system: You are a helpful assistant.
user:
Analyze the provided spectrum to determine if it is a **Carbon Star (C-type)**.

- **Key Visual Indicators of Carbon Star:**
    - **(Primary):** Strong molecular absorption from **C₂ (diatomic carbon) "Swan Bands."** This is the **defining feature** of a carbon star.
        - **(Key Bandheads):** Sharp absorption edges are visible at approximately $5635$ Å, $5165$ Å (the strongest band), and $4737$ Å.
        - **(Line Profile):** Creates a distinct **"saw-tooth"** pattern. The key morphology is a sharp, steep bandhead on the **red (long-wavelength) side**, which then gradually tapers off (i.e., flux recovers) towards the **blue (short-wavelength) side**. *(This is the direct opposite of the TiO bands seen in M-type stars)*.

    - **(Secondary):** Intense **CN (cyanogen)** molecular absorption bands.
        - **(Key Bandheads):** Located in the blue and violet regions of the spectrum (e.g., near $4215$ Å and $3883$ Å).
        - **(Morphology):** These bands are extremely broad and act as a "blanket," absorbing the vast majority of blue and violet light. This creates a characteristic **"cliff"** or **"steep drop-off"** in the spectrum's flux at short wavelengths.

    - **(Key Confirmation):** Strong **CH absorption band (G-band)**.
        - **(Key Bandhead):** Located around $4300$ Å. The contribution from CH molecules to this band is exceptionally strong.

    - **(Overall Spectrum):**
        - The continuum is severely "chopped up" by these deep molecular bands, especially C₂, rather than appearing as a smooth curve.
        - Due to the heavy CN and C₂ absorption in the blue-green, the vast majority of the star's flux is concentrated in the red part of the spectrum, giving the star its characteristic deep red color.

Think first, call **spectral_visualization_tool** if needed to examine features in detail, then provide your final answer. Your response must adhere to the following strict rules:
1.  **Overall Structure:** Your response must follow the format `<think>...</think> <tool_call>...</tool_call> (if a tool is used) <answer>...</answer>`.
2.  **Tool Usage Constraint:** You may only make **one** tool call per turn.
3.  **Final Answer Format:** In the `<answer>` tag, your conclusion must be inside a `\boxed{}` command (e.g., `\boxed{YES}`), followed by your justification.

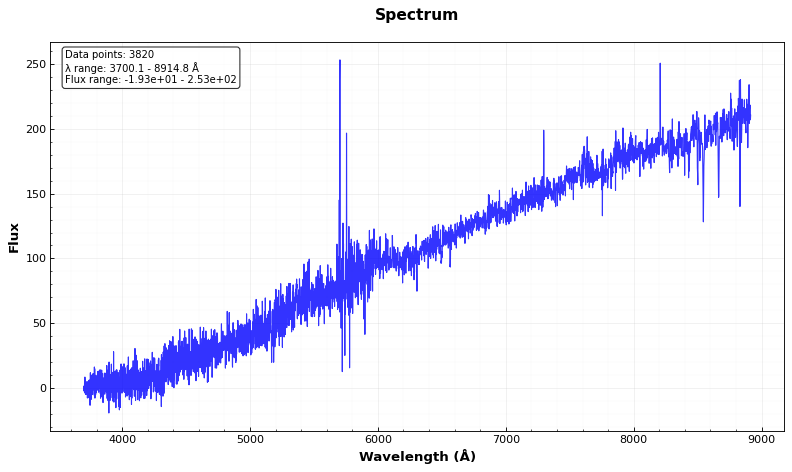
Answer: NO